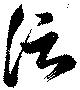
信